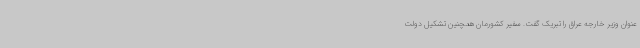
عنوان وزیر خارجه عراق را تبریک گفت. سفیر کشورمان همچنین تشکیل دولت